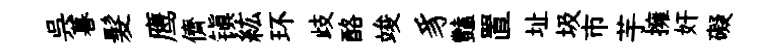
呉暮髮鹰儕镇紘环歧酪竣豸豔置址圾市芋擁奸礙